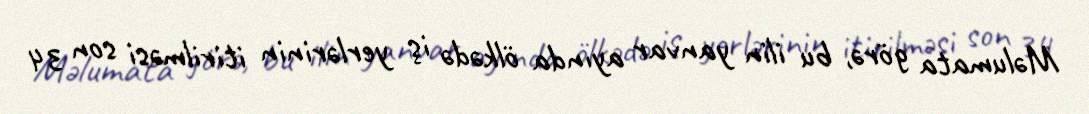
Məlumata görə, bu ilin yanvar ayında ölkədə iş yerlərinin itirilməsi son 34